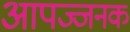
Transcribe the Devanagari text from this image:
आपज्जनक